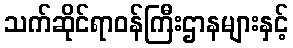
သက်ဆိုင်ရာဝန်ကြီးဌာနများနှင့်